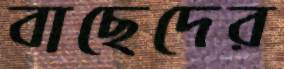
বাছেদের